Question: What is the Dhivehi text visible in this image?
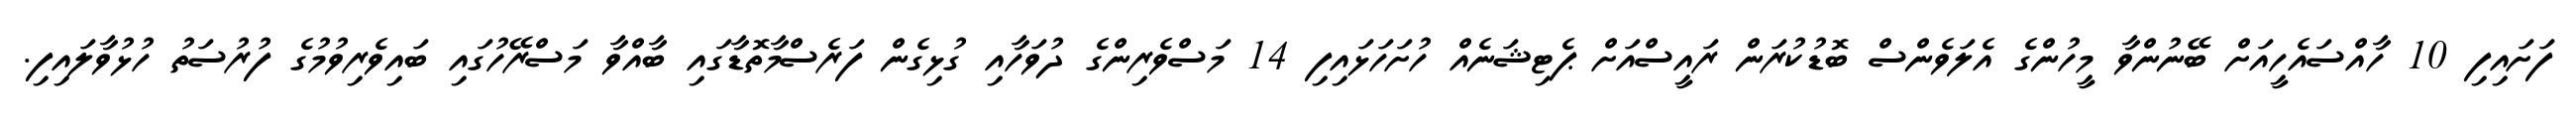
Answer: ފަށައިފި 10 ހާއްސައެހީއަށް ބޭނުންވާ މީހުންގެ އެލަވެންސް ބޮޑުކުރަން ރައީސްއަށް ޕެޓިޝަނެއް ހުށަހަޅައިފި 14 މަސްވެރިންގެ ދުވަހާއި ގުޅިގެން ފަރެސްމާތޮޑާގައި ބާއްވާ މަސްރޭހުގައި ބައިވެރިވުމުގެ ފުރުސަތު ހުޅުވާލައިފި.